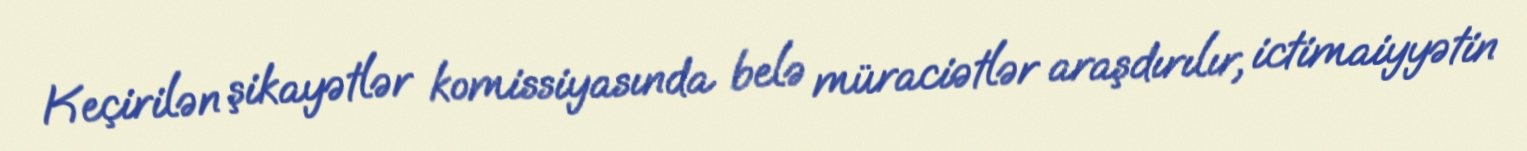
Keçirilən şikayətlər komissiyasında belə müraciətlər araşdırılır, ictimaiyyətin